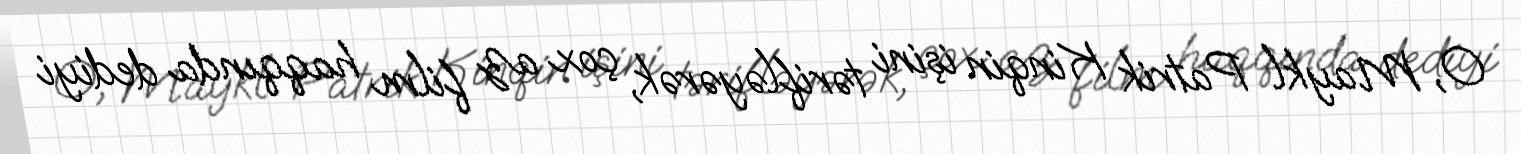
O, Maykl Patrik Kinqin işini tərifləyərək, çox az film haqqında dediyi